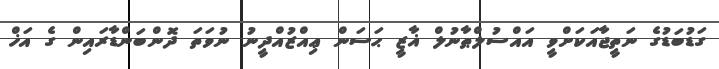
ގަޑުބަޑުގެ ނަތީޖާއަކަށްވީ އައްސުލްޠާނުލް ޣާޒީ ޙަސަން ޢިއްޒުއްދީނު ނުވަތަ ދޮންބަންޑާރައިން ގެ އަޚް